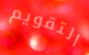
التقويم